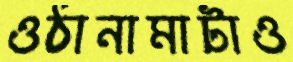
ওঠানামাটাও